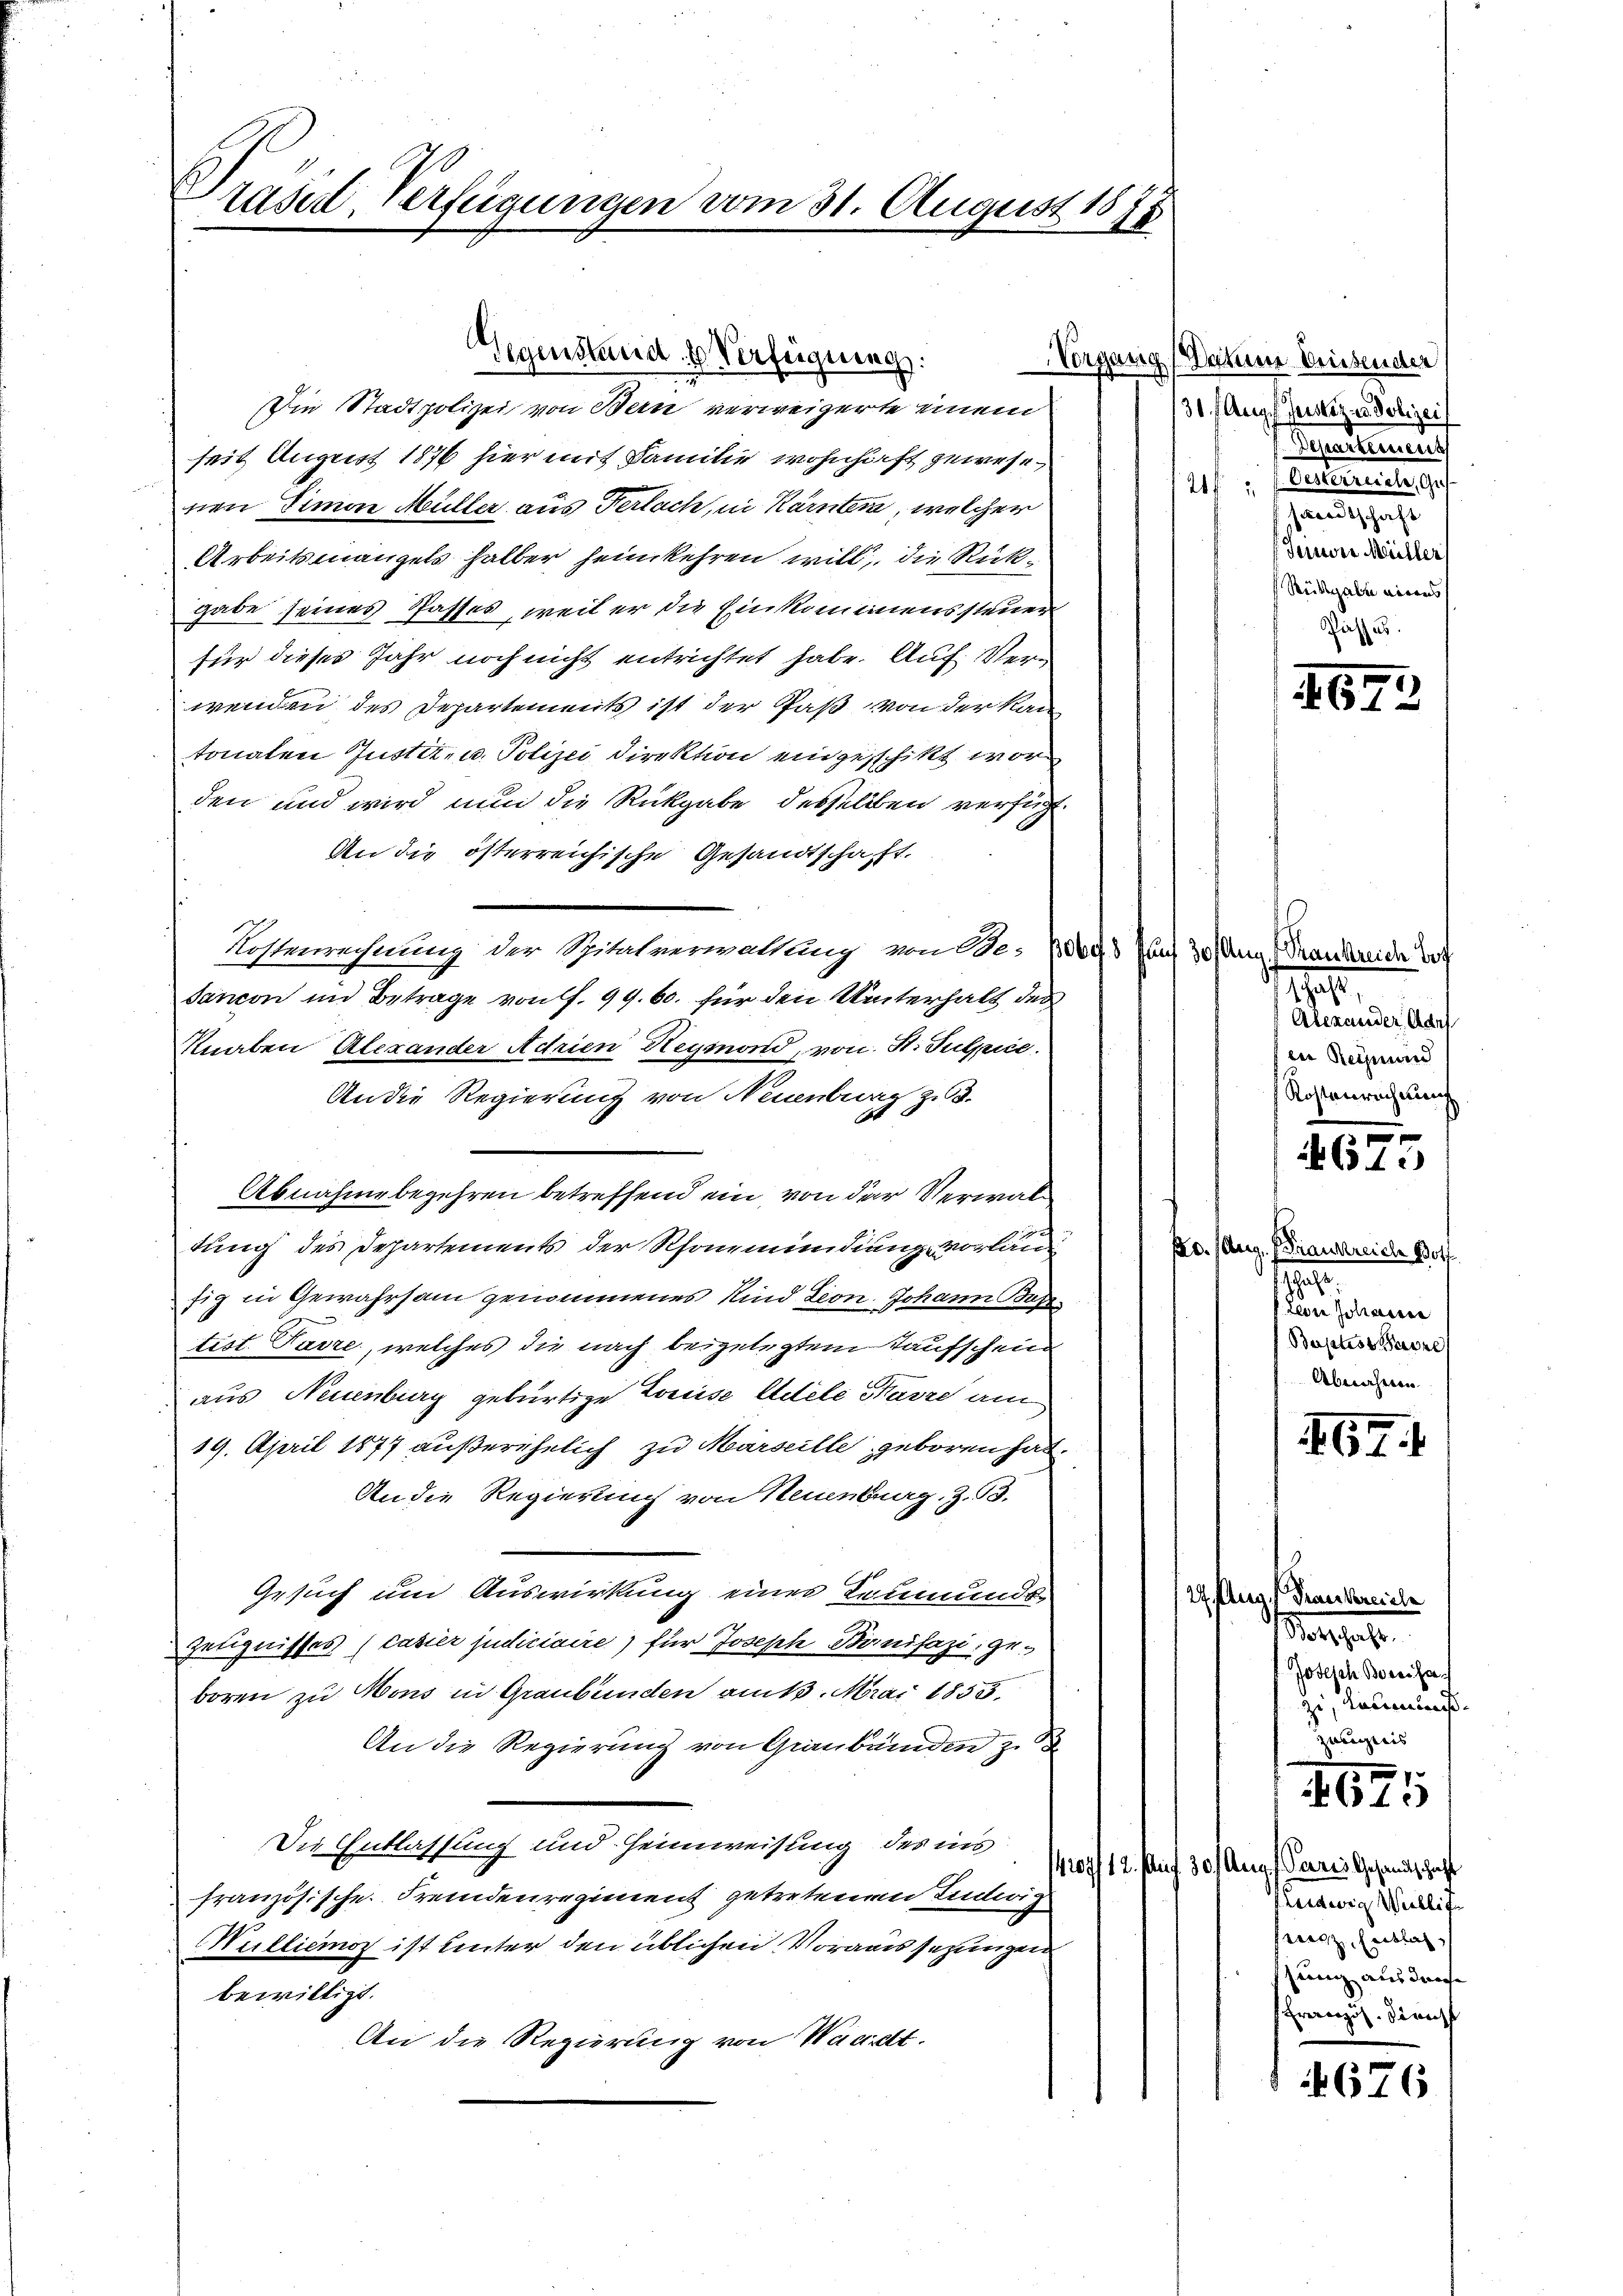
raser Verfügungen vom 31. August 1878

Die Stadtpolizei von Bern verweigerte einem
seit August 1876 hier mit Familie wohnhaft gewesenen Simon Müller aus Verlach, in Kärnten, welcher
Arbeitsmangels halber heimkehren will, die Rückgabe seines Passes, weil er die Einkommenssteuer
für dieses Jahr noch nicht entrichtet habe. Auf Verwenden des Departements ist der Paß von der kan
tonalen Justiz- u. Polizei Direktion eingeschikt worden und wird nun die Rückgabe desselben verfügt
An die österreichische Gesandtschaft.
Kostenrechnung der Spitalverwaltung von Be: 10000 auf 30 Aug. (Frankreiche Ert
Sancon im Betrage von f. 99. 60. für den Unterhalt des
Knaben Alexander Adrien Heymond, von H. Tulpice.
An die Regierung von Neuenburg zu 3.
Abnahme begehren betreffend ein, von der Verwaltung des Departements der Rhonmündung vorlang
fig in Gewahrsam genommenes Kind Leon Johann Base
tist. Pavre, welches die nach beigelegtem Taufschein
aus Neuenburg gebürtige Louise Adele Harze am
19. April 1877 außerehelich zu Marseille geboren hat.
An die Regierung von Neuenburg. Z. 53.
Gesuch um Auswirkung eines Leumunds
2. Aug
Zeugnisses (casier judiciaire) für Joseph Bonifazi geboren zu Mons in Graubünden am 1. Mai 1855.
An die Regierung von Graubünden zu S
Die Entlassung und Heimweisung des ins
französische Fremdenregiment getretenen Indiz
Mullienoz ist unter den üblichen Voraussezungen
bewilligt.
An die Regierung von Wackelt.

Gegenstand. Verfeignung.

Vorgang Dahin briesender
31. Aug. l. Justiz in Polizei
Departement
e
21f
e
 Ferner Müller
Rückgabe eines
Richtes.

473

18.
Alexander Adel
in Reimund
Kostenrechnung

e
615

Pr. (Aug. (Frankreich Bott
.
Leon Johanne
Baptist Havre
Abnahmen

167

Trankreiche
Marchens
Jotisch Boreisa
zi, Taumen- |
Zweigeis

opf 12. Aug. 30. Aug. Peeres Gesandtschaft
Leidwig Willite
wil, Entlas
Franz aus derse
Französ. Dienst

1675

4676